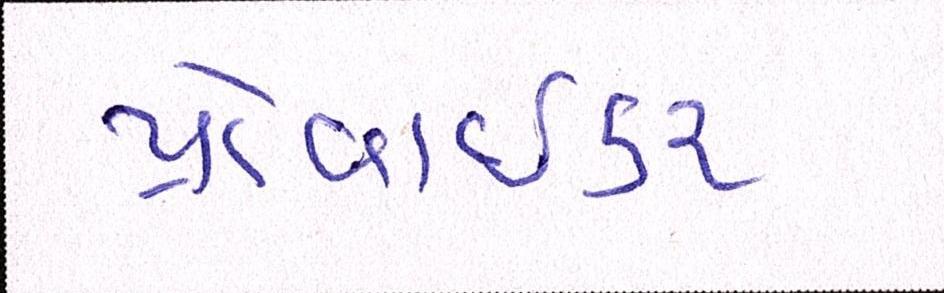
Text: પ્રોવાઇડર